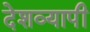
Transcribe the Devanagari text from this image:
देशव्‍यापी